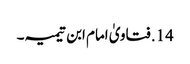
14. فتاویٰ امام ابن تیمیہ۔